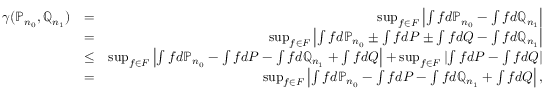
\begin{array} { r l r } { \gamma ( \mathbb { P } _ { n _ { 0 } } , \mathbb { Q } _ { n _ { 1 } } ) } & { = } & { \operatorname* { s u p } _ { f \in { \cal F } } \left| \int f d \mathbb { P } _ { n _ { 0 } } - \int f d \mathbb { Q } _ { n _ { 1 } } \right| } \\ & { = } & { \operatorname* { s u p } _ { f \in { \cal F } } \left| \int f d \mathbb { P } _ { n _ { 0 } } \pm \int f d P \pm \int { f d Q } - \int f d \mathbb { Q } _ { n _ { 1 } } \right| } \\ & { \leq } & { \operatorname* { s u p } _ { f \in { \cal F } } \left| \int f d \mathbb { P } _ { n _ { 0 } } - \int f d P - \int f d \mathbb { Q } _ { n _ { 1 } } + \int { f d Q } \right| + \operatorname* { s u p } _ { f \in { \cal F } } \left| \int f d P - \int { f d Q } \right| } \\ & { = } & { \operatorname* { s u p } _ { f \in { \cal F } } \left| \int f d \mathbb { P } _ { n _ { 0 } } - \int f d P - \int f d \mathbb { Q } _ { n _ { 1 } } + \int { f d Q } \right| , } \end{array}